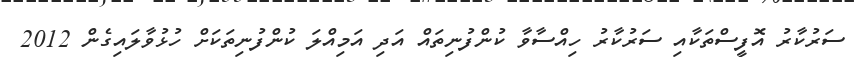
ސަރުކާރު އޮފީސްތަކާއި ސަރުކާރު ހިއްސާވާ ކުންފުނިތައް އަދި އަމިއްލަ ކުންފުނިތަކަށް ހުޅުވާލައިގެން 2012